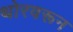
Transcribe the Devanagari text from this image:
थोरवरून